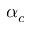
\alpha _ { c }